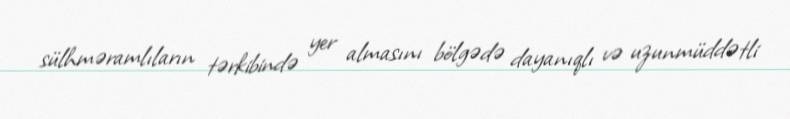
sülhməramlıların tərkibində yer almasını bölgədə dayanıqlı və uzunmüddətli